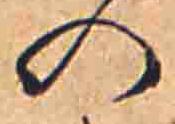
の